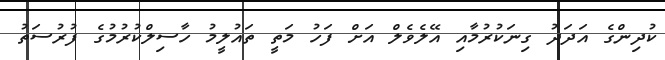
ކުދިންގެ އަދަދު ގިނަކުރުމާއި އޭލެވެލް އަށް ފަހު މަތީ ތައުލީމު ހާސިލްކުރުމުގެ ފުރުސަތު